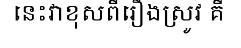
នេះវាខុសពីរឿងស្រូវ គឺ